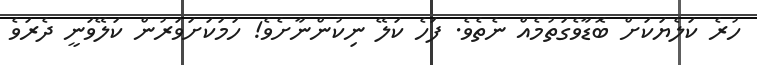
ހުރެ ކަލެޔަކަށް ބޮޑާވެގަތުމެއް ނެތެވެ. ފަހެ ކަލޭ ނިކުންނާށެވެ! ހަމަކަށަވަރުން ކަލޭވަނީ ދެރަވެ